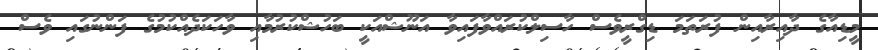
މީޑިއާގެ ދާއިރާއިން ފުރަތަމަ ޑިގްރީވެސް ހާސިލްކުރައްވާފައިވާ އަނޫޝްއަކީ ބަހުޝްކުރުމާއި ވާހަކަދެއްކުމުގެ ފަންނުގައި ވެސް